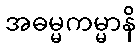
အဓမ္မကမ္မာနိ